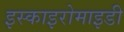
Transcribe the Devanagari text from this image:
इस्काइरोमाइडी